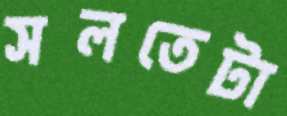
সলতেটা